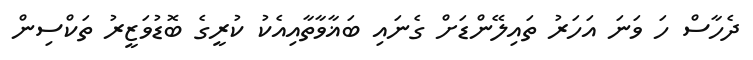
ދެހާސް ހަ ވަނަ އަހަރު ތައިލޭންޑަށް ގެނައި ބަޣާވާތާއިއެކު ކުރީގެ ބޮޑުވަޒީރު ތަކްސިން